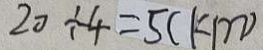
2 0 \div 4 = 5 ( k m )